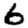
Digit: 6